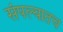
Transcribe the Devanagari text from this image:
संपल्यातच